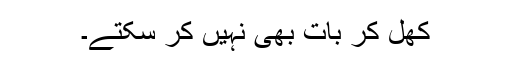
کھل کر بات بھی نہیں کر سکتے۔